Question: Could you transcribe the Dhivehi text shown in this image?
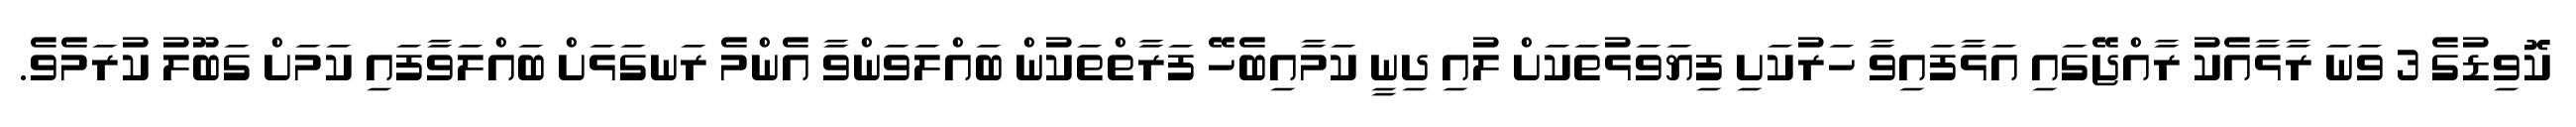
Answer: ކޮވިޑުގެ 3 ވަނަ ރާޅާއެކު ރާއްޖޭގައި އަޅާފައިވާ ހަރުކަށި ފިޔަވަޅުތަކަށް ލުއި ދިނީ ކަމާއިބެހޭ ފަރާތްތަކުން ބައްލަވަންވާ އެންމެ ރަނގަޅަށް ބައްލަވާފައި ކަމަށް ގަބޫލު ކުރަމެވެ.